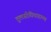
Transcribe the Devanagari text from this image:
तुलसीविवाहाच्या